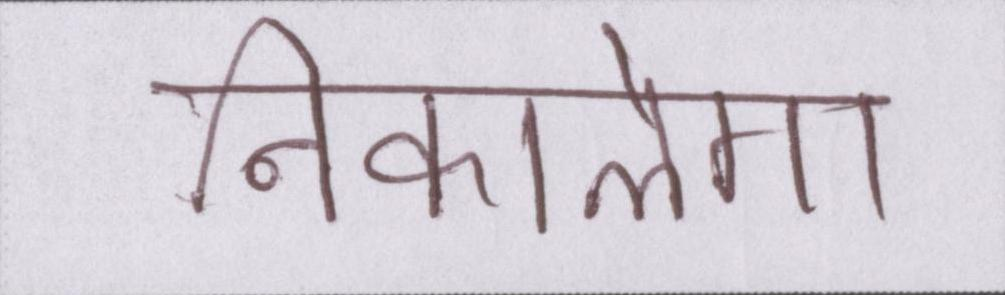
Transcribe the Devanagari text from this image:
निकालेगा